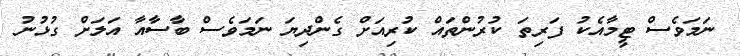
ނަމަވެސް ޓީމާއެކު ފަރިތަ ކުރުންތައް ކުރިއަށް ގެންދިޔަ ނަމަވެސް ބާސާއާ އަލަށް ގުޅުނު